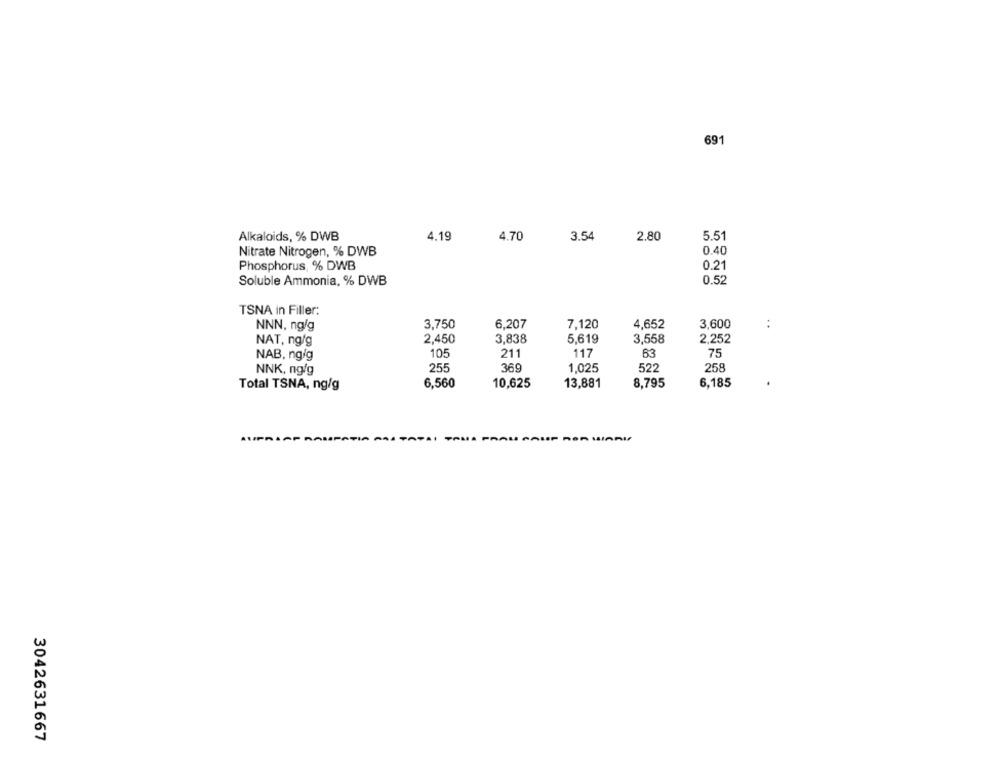
691
4.19
4.70
3.54
2.80
5.51
Alkaloids, % DWB
Nitrate Nitrogen, % DWB
0.40
Phosphorus, % DWB
0.21
0.52
Soluble Ammonia, % DWB
TSNA in Filler:
NNN, ngig
3,750
6.207
7,120
4,652
3,600
:
NAT, ng/g
2,450
3,838
5,619
3,558
2,252
NAB, ng/g
105
211
117
63
75
NNK, ng/g
255
369
1,025
522
258
Total TSNA, ng/g
6,560
10,625
13,881
8,795
6,185
·PATIA -AS-
FRA
3042631667